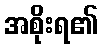
အစိုးရ၏